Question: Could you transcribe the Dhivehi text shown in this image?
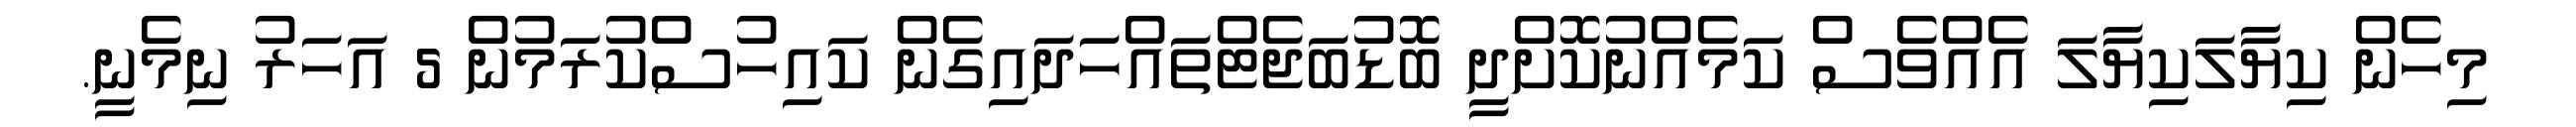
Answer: މިހެން ކިޔާލަކިޔާލަ އެއްވެސް ކަމެއްނުކޮށްދީ ބޮޑުބަޖެޓްތައްހަދައިގެން ކައިހުސްކުރަމުން 5 އަހަރު ނިމެނީ.